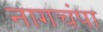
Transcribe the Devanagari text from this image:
नागचंपा